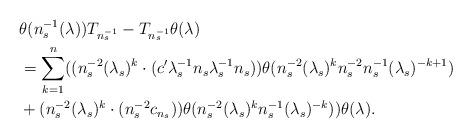
LaTeX: \begin{align*}& \theta(n_s^{-1}(\lambda))T_{n_s^{-1}} - T_{n_s^{-1}}\theta(\lambda)\\& = \sum_{k = 1}^n((n_s^{-2}(\lambda_s)^{k}\cdot (c'\lambda_s^{-1}n_s\lambda_s^{-1}n_s))\theta(n_s^{-2}(\lambda_s)^{k}n_s^{-2}n_s^{-1}(\lambda_s)^{-k + 1})\\&+ (n_s^{-2}(\lambda_s)^{k}\cdot (n_s^{-2}c_{n_s}))\theta(n_s^{-2}(\lambda_s)^{k}n_s^{-1}(\lambda_s)^{-k}))\theta(\lambda).\end{align*}